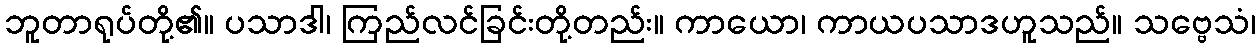
ဘူတာရုပ်တို့၏။ ပသာဒါ၊ ကြည်လင်ခြင်းတို့တည်း။ ကာယော၊ ကာယပသာဒဟူသည်။ သဗ္ဗေသံ၊